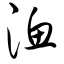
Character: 渔